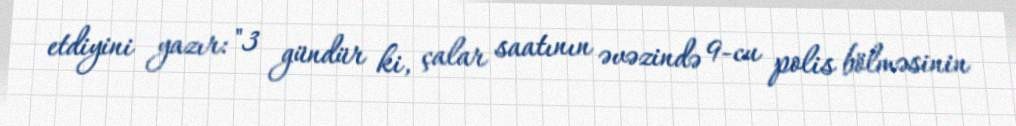
etdiyini yazır: "3 gündür ki, çalar saatının əvəzində 9-cu polis bölməsinin